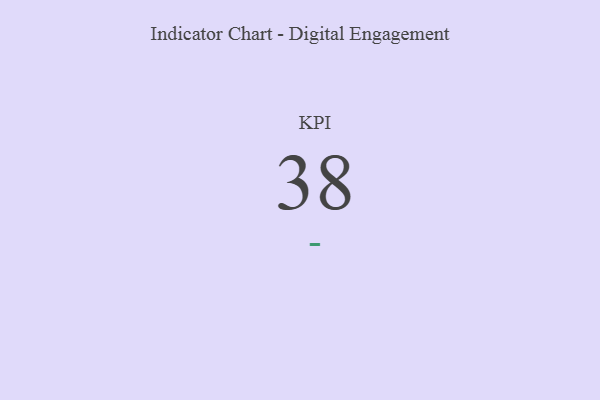
{"axis": {"x": "KPI", "y": "Value"}, "legend": [""], "data": [{"x": "KPI", "y": 38, "type": ""}]}